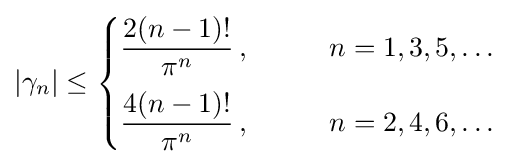
|\gamma _{n}|\leq {\begin{cases}\displaystyle {\frac {2(n-1)!}{\pi ^{n}}}\,,\qquad &n=1,3,5,\ldots \\[3mm]\displaystyle {\frac {4(n-1)!}{\pi ^{n}}}\,,\qquad &n=2,4,6,\ldots \end{cases}}